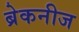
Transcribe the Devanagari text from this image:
ब्रेकनीज